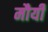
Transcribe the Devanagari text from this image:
मौर्यी